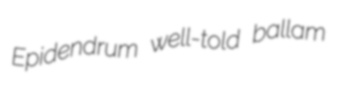
Epidendrum well-told ballam